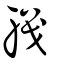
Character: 軄